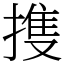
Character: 㨦